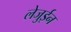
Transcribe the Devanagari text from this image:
लेजुईन